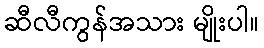
ဆီလီကွန်အသား မျိုးပါ။